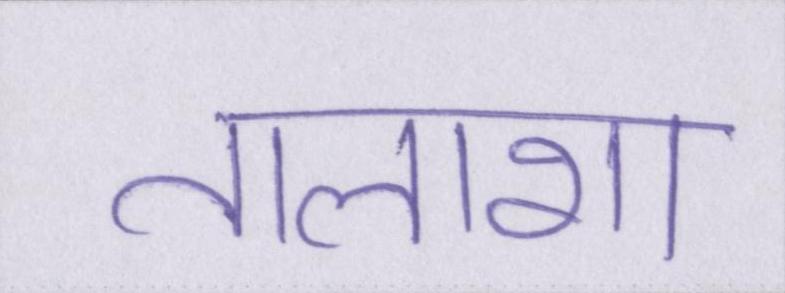
तलाशा